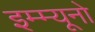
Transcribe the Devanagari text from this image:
इम्म्यूनो